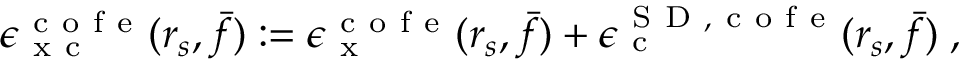
\begin{array} { r } { \epsilon _ { \mathrm { ~ x ~ c ~ } } ^ { \mathrm { ~ c ~ o ~ f ~ e ~ } } ( r _ { s } , \bar { f } ) : = \epsilon _ { \mathrm { ~ x ~ } } ^ { \mathrm { ~ c ~ o ~ f ~ e ~ } } ( r _ { s } , \bar { f } ) + \epsilon _ { \mathrm { ~ c ~ } } ^ { { \mathrm { ~ S ~ D ~ } } , \mathrm { ~ c ~ o ~ f ~ e ~ } } ( r _ { s } , \bar { f } ) \; , } \end{array}